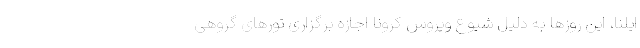
ایلنا، این روزها به دلیل شیوع ویروس کرونا اجازه برگزاری تورهای گروهی